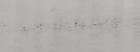
Signature authenticity: genuine